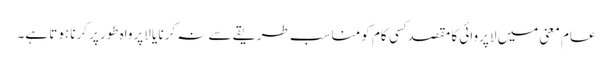
عام معنی میں لاپروائی کا مقصد کِسی کام کو مناسب طریقے سے نہ کرنا یا لاپرواہ طورپر کرنا ہوتا ہے۔